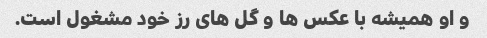
و او همیشه با عکس ها و گل های رز خود مشغول است.